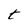
Character: t